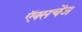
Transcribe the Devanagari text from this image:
ऍक्सचेंज